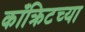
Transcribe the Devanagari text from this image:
काँक्रिटच्या